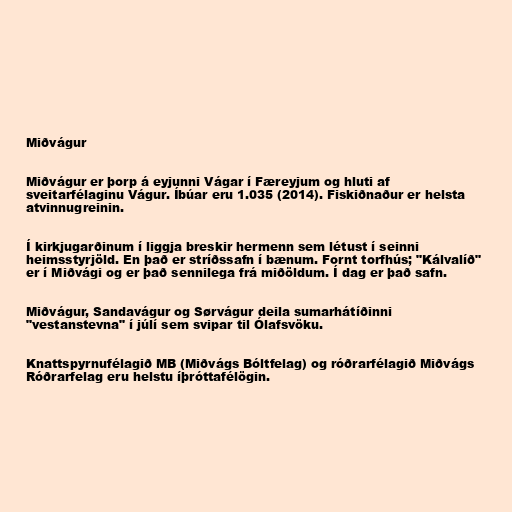
Miðvágur

Miðvágur er þorp á eyjunni Vágar í Færeyjum og hluti af
sveitarfélaginu Vágur. Íbúar eru 1.035 (2014). Fiskiðnaður er helsta
atvinnugreinin.

Í kirkjugarðinum í liggja breskir hermenn sem létust í seinni
heimsstyrjöld. En það er stríðssafn í bænum. Fornt torfhús; "Kálvalíð"
er í Miðvági og er það sennilega frá miðöldum. Í dag er það safn.

Miðvágur, Sandavágur og Sørvágur deila sumarhátíðinni
"vestanstevna" í júlí sem svipar til Ólafsvöku.

Knattspyrnufélagið MB (Miðvágs Bóltfelag) og róðrarfélagið Miðvágs
Róðrarfelag eru helstu íþróttafélögin.